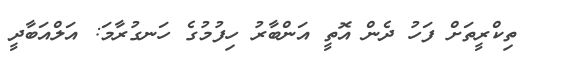
ތިކްރީތަށް ފަހު ދެން އޮތީ އަންބާރު ހިފުމުގެ ހަނގުރާމަ: އަލްއަބާދީ